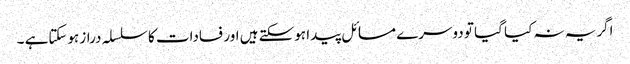
اگریہ نہ کیا گیا تو دوسرے مسائل پیدا ہوسکتے ہیں اور فسادات کا سلسلہ دراز ہوسکتاہے ۔